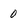
Character: 0